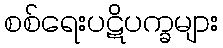
စစ်ရေးပဋိပက္ခများ